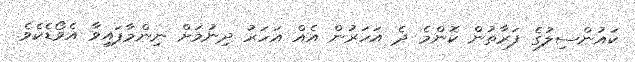
ކައުންސިލުގެ ފަރާތުން ކޮންމެ ދެ އަހަރުން އެއް އަހަރު ދިނުމަށް ނިންމާފައިވާ އެވޯޑެކެވެ.